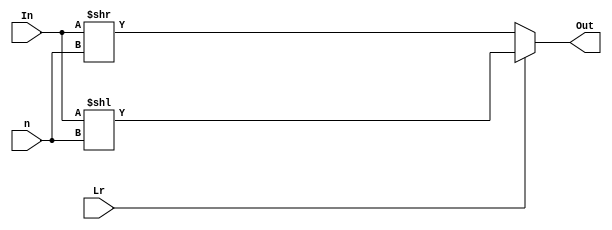
/*********************************
  8-bit BARREL SHIFTER BEHAVIORAL
*********************************/

module barrel_8_shift_bh(Out, In, Lr,n);

input [7:0]In;
input [2:0]n;
input Lr;
output reg [7:0]Out;

always@(*) begin
    if(Lr)
        Out = In << n;
    else
        Out = In >> n;
end // always@(*)

endmodule